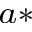
^ { a \ast }